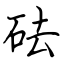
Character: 砝